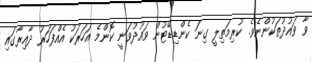
ވާ ވައުދުތަކުންނެވެ. ކުރިމަތިލީ ގިނަ ކެންޑިޑޭޓުން ވައުދުވަނީ ކޮންމެ އަހަރަކު އެއްފަހަރު ދާއިރާގައި